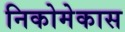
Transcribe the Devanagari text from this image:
निकोमेकास